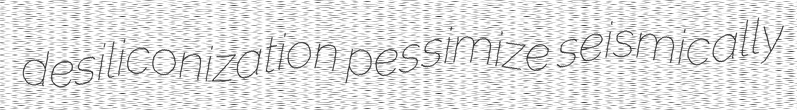
desiliconization pessimize seismically